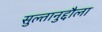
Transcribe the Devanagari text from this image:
सुल्तानुद्दौला